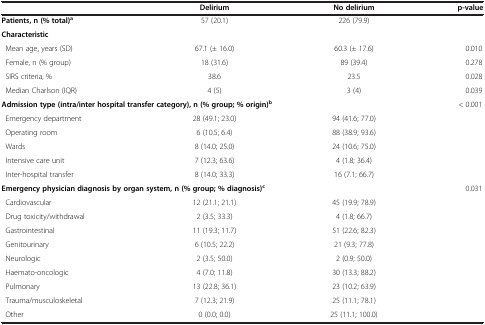
<table><thead><tr><td><b> </b></td><td><b>Delirium</b></td><td><b>No delirium</b></td><td><b>p-value</b></td></tr></thead><tbody><tr><td><b>Patients, n (% total)</b><sup>a</sup></td><td>57 (20.1)</td><td>226 (79.9)</td><td> </td></tr><tr><td colspan="4"><b>Characteristic</b></td></tr><tr><td> Mean age, years (SD)</td><td>67.1 (± 16.0)</td><td>60.3 (± 17.6)</td><td>0.010</td></tr><tr><td> Female, n (% group)</td><td>18 (31.6)</td><td>89 (39.4)</td><td>0.278</td></tr><tr><td> SIRS criteria, %</td><td>38.6</td><td>23.5</td><td>0.028</td></tr><tr><td> Median Charlson (IQR)</td><td>4 (5)</td><td>3 (4)</td><td>0.039</td></tr><tr><td colspan="3"><b>Admission type (intra/inter hospital transfer category), n (% group; % origin)</b><sup><b>b</b></sup></td><td>&lt; 0.001</td></tr><tr><td> Emergency department</td><td>28 (49.1; 23.0)</td><td>94 (41.6; 77.0)</td><td> </td></tr><tr><td> Operating room</td><td>6 (10.5; 6.4)</td><td>88 (38.9; 93.6)</td><td> </td></tr><tr><td> Wards</td><td>8 (14.0; 25.0)</td><td>24 (10.6; 75.0)</td><td> </td></tr><tr><td> Intensive care unit</td><td>7 (12.3; 63.6)</td><td>4 (1.8; 36.4)</td><td> </td></tr><tr><td> Inter-hospital transfer</td><td>8 (14.0; 33.3)</td><td>16 (7.1; 66.7)</td><td> </td></tr><tr><td colspan="3"><b>Emergency physician diagnosis by organ system, n (% group; % diagnosis)</b><sup><b>c</b></sup></td><td>0.031</td></tr><tr><td> Cardiovascular</td><td>12 (21.1; 21.1)</td><td>45 (19.9; 78.9)</td><td> </td></tr><tr><td> Drug toxicity/withdrawal</td><td>2 (3.5; 33.3)</td><td>4 (1.8; 66.7)</td><td> </td></tr><tr><td> Gastrointestinal</td><td>11 (19.3; 11.7)</td><td>51 (22.6; 82.3)</td><td> </td></tr><tr><td> Genitourinary</td><td>6 (10.5; 22.2)</td><td>21 (9.3; 77.8)</td><td> </td></tr><tr><td> Neurologic</td><td>2 (3.5; 50.0)</td><td>2 (0.9; 50.0)</td><td> </td></tr><tr><td> Haemato-oncologic</td><td>4 (7.0; 11.8)</td><td>30 (13.3; 88.2)</td><td> </td></tr><tr><td> Pulmonary</td><td>13 (22.8; 36.1)</td><td>23 (10.2; 63.9)</td><td> </td></tr><tr><td> Trauma/musculoskeletal</td><td>7 (12.3; 21.9)</td><td>25 (11.1; 78.1)</td><td> </td></tr><tr><td> Other</td><td>0 (0.0; 0.0)</td><td>25 (11.1; 100.0)</td><td> </td></tr></tbody></table>